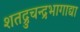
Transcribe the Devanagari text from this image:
शतद्रुचन्द्रभागाद्या